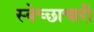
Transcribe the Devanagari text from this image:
स्‍वेच्‍छाचारी